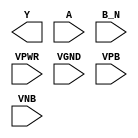
module sky130_fd_sc_hd__nor2b (
    Y   ,
    A   ,
    B_N ,
    VPWR,
    VGND,
    VPB ,
    VNB
);

    output Y   ;
    input  A   ;
    input  B_N ;
    input  VPWR;
    input  VGND;
    input  VPB ;
    input  VNB ;
endmodule